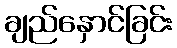
ချည်နှောင်ခြင်း